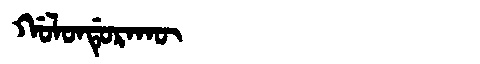
Manchu: ᡤᠣᠯᠣᠨᡩᡠᡵᠠᡴᡡ
Romanization: GOLONDURAKŪ